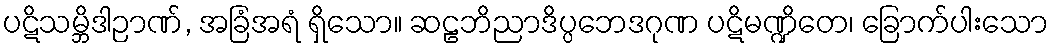
ပဋိသမ္ဘိဒါဉာဏ်, အခြံအရံ ရှိသော။ ဆဠဘိညာဒိပ္ပဘေဒဂုဏ ပဋိမဏ္ဍိတေ၊ ခြောက်ပါးသော